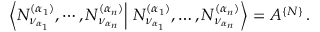
\left\langle N _ { \nu _ { \alpha _ { 1 } } } ^ { ( \alpha _ { 1 } ) } , \cdots , N _ { \nu _ { \alpha _ { n } } } ^ { ( \alpha _ { n } ) } \right\vert \left. N _ { \nu _ { \alpha _ { 1 } } } ^ { ( \alpha _ { 1 } ) } , \dots , N _ { \nu _ { \alpha _ { n } } } ^ { ( \alpha _ { n } ) } \right\rangle = { \cal A } ^ { \{ { \cal N } \} } \, .